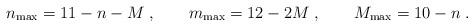
LaTeX: \begin{align*}n_{\rm max} = 11-n-M\; ,\qquad m_{\rm max} = 12-2M\; ,\qquad M_{\rm max} = 10-n\; .\end{align*}